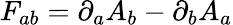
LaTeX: F_{ab}=\partial_{a}A_{b}-\partial_{b}A_{a}